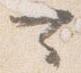
可